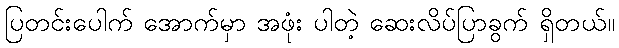
ပြတင်းပေါက် အောက်မှာ အဖုံး ပါတဲ့ ဆေးလိပ်ပြာခွက် ရှိတယ်။